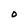
Character: O